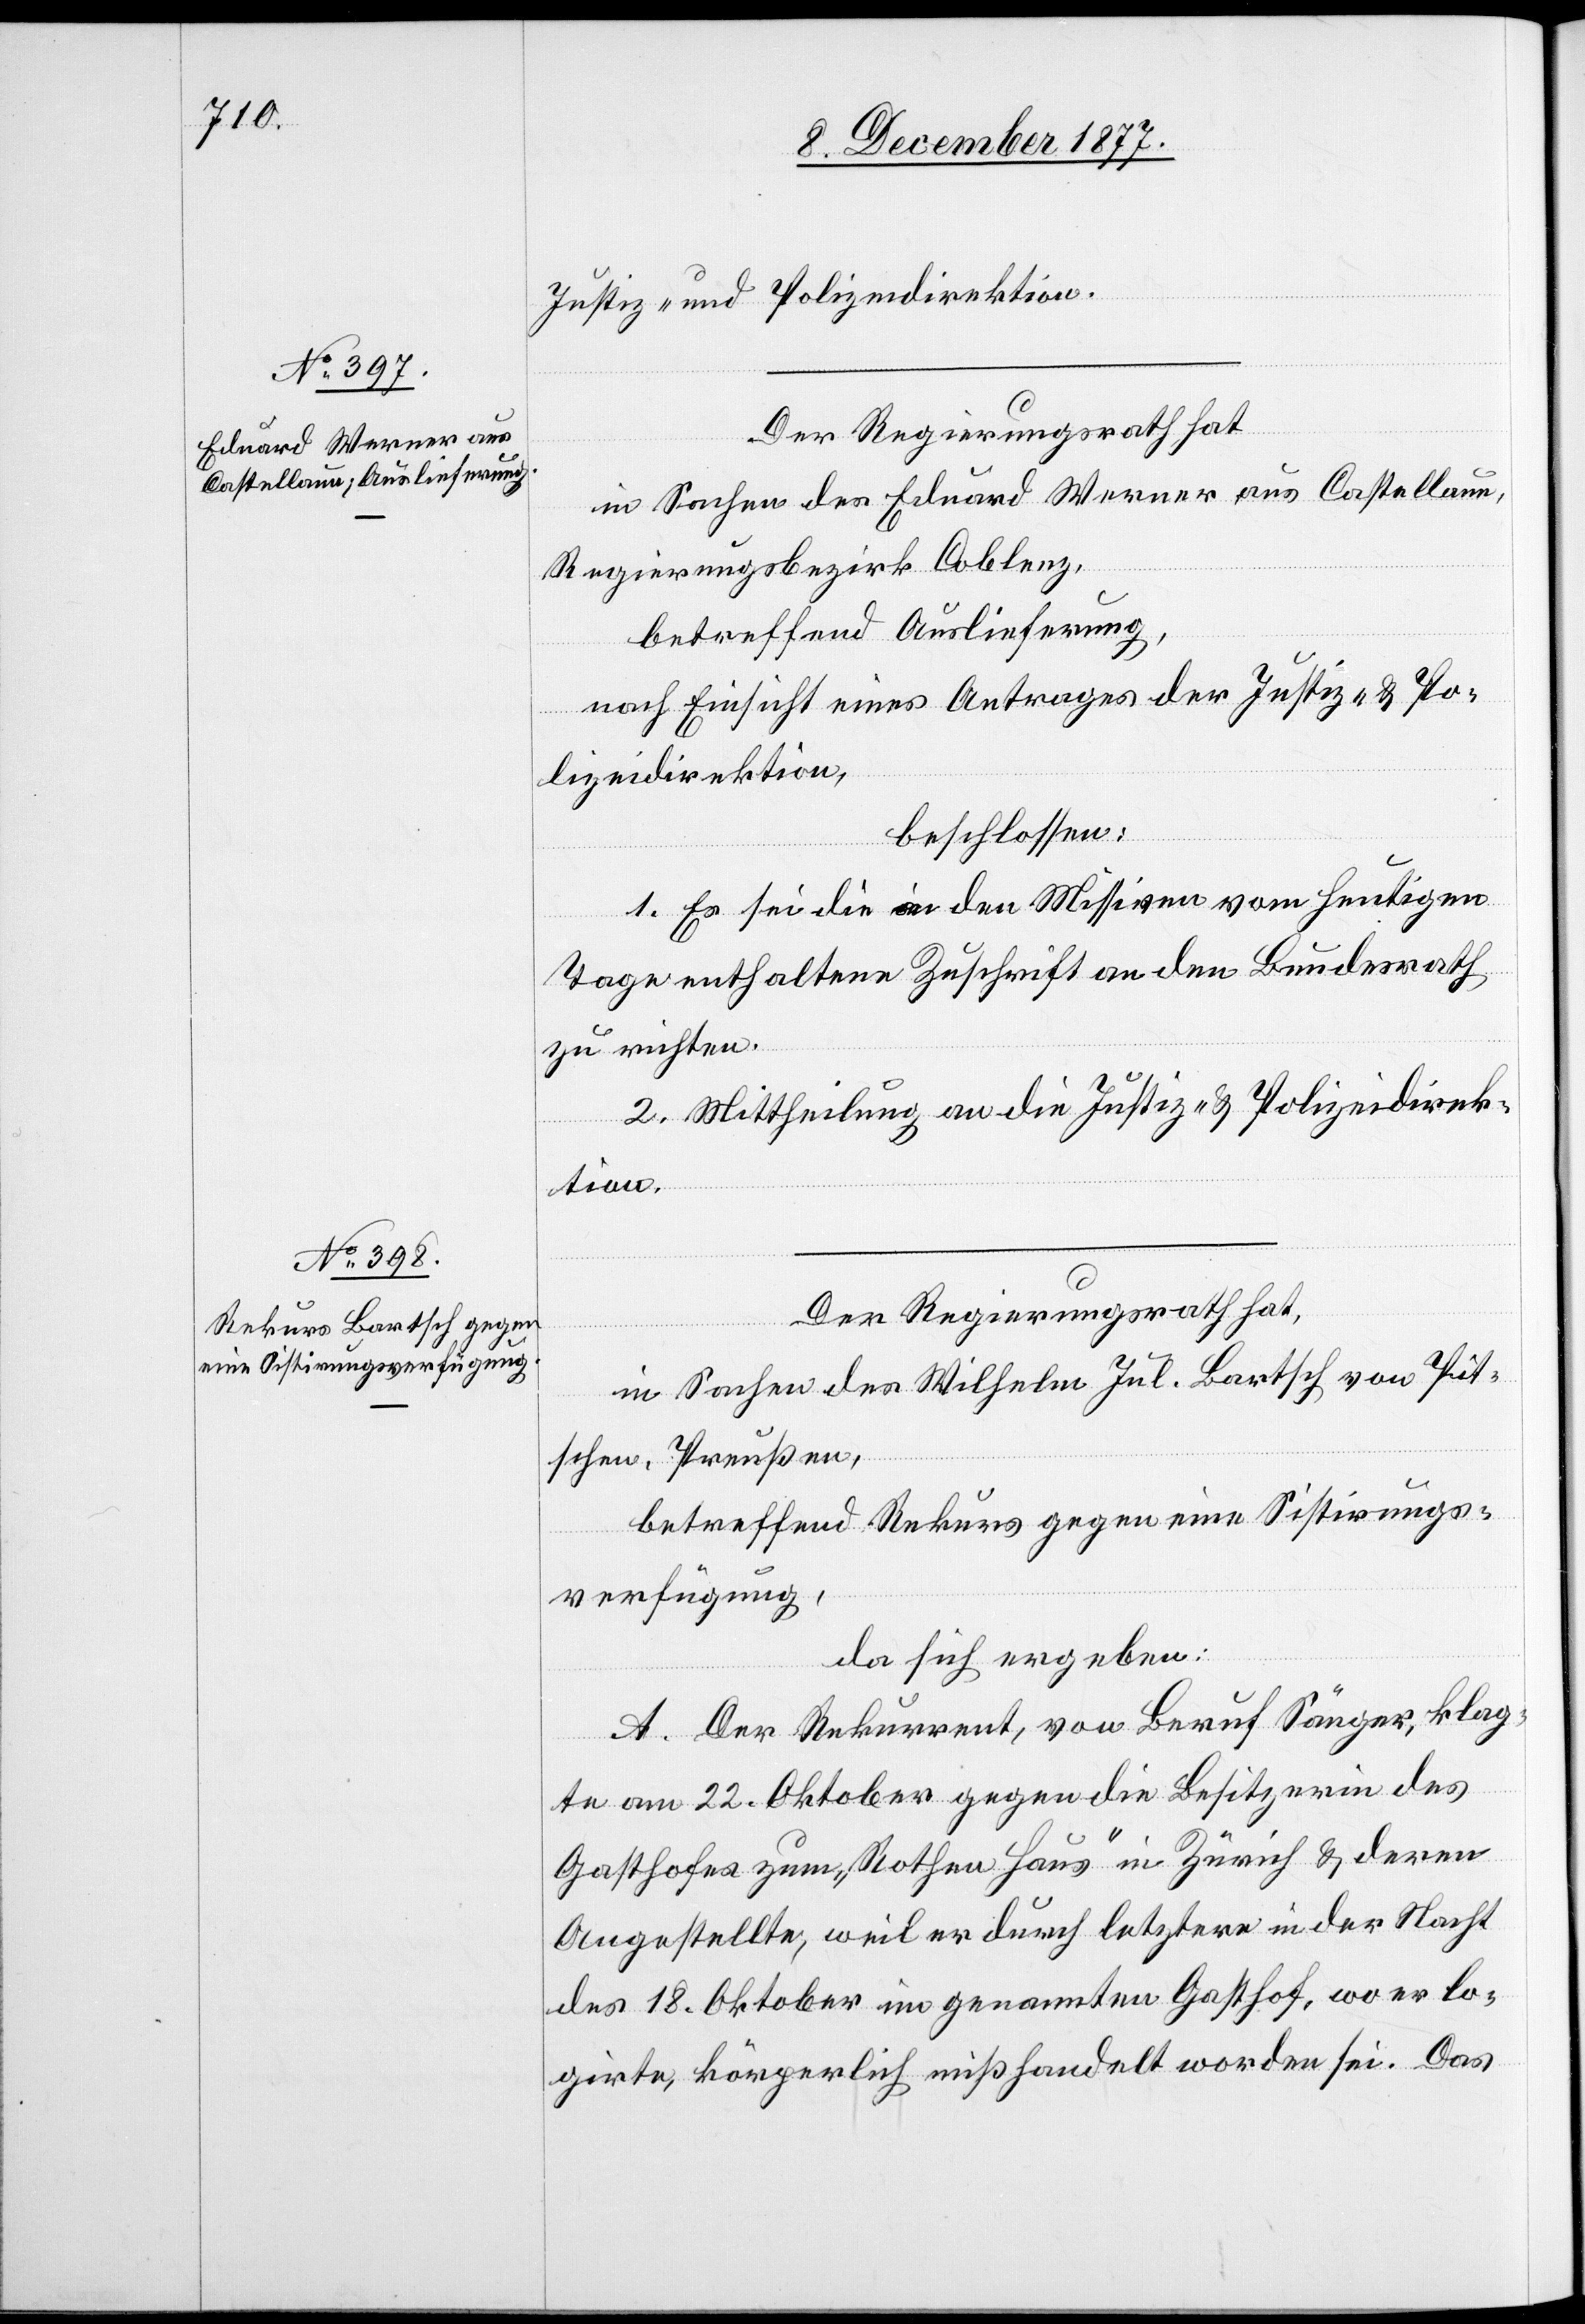
Justiz- und Polizeidirektion.
Der Regierungsrath hat
in Sachen des Eduard Werner aus Castellaun,
Regierungsbezirk Coblenz,
betreffend Auslieferung,
nach Einsicht eines Antrages der Justiz- & Po¬
lizeidirektion,
beschlossen:
1. Es sei die in den Missiven vom heutigen
Tage enthaltene Zuschrift an den Bundesrath
zu richten.
2. Mittheilung an die Justiz- & Polizeidirek¬
tion.
Der Regierungsrath hat,
in Sachen des Wilhelm Jul. Bartsch von Pit¬
schen, Preußen,
betreffend Rekurs gegen eine Sistirungs¬
verfügung,
da sich ergeben:
A. Der Rekurrent, von Beruf Sänger, klag¬
te am 22. Oktober gegen die Besitzerin des
Gasthofes zum „Rothen Haus“ in Zürich & deren
Angestellte, weil er durch letztere in der Nacht
des 18. Oktober im genannten Gasthof, wo er lo¬
girte, körperlich mißhandelt worden sei. Das